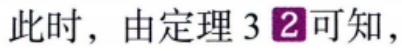
此时，由定理 3 \textcircled{2}可知，